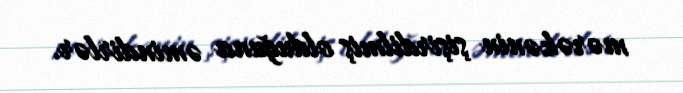
mərəkənin şişirdilmiş olduğuna əmindirlər.